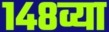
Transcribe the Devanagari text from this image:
१४८व्या